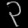
Digit: ၃